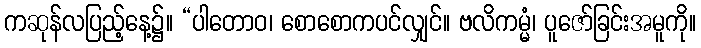
ကဆုန်လပြည့်နေ့၌။ “ပါတောဝ၊ စောစောကပင်လျှင်။ ဗလိကမ္မံ၊ ပူဇော်ခြင်းအမူကို။